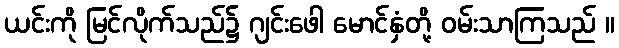
ယင်းကို မြင်လိုက်သည်၌ ဂျင်းဖေါ မောင်နှံတို့ ဝမ်းသာကြသည် ။